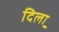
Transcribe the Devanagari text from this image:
दिला़